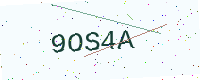
Text: 9OS4A